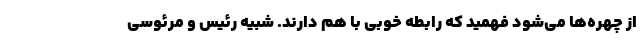
از چهره‌ها می‌شود فهمید که رابطه خوبی با هم دارند. شبیه رئیس و مرئوسی